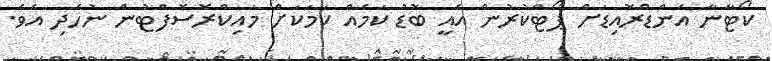
ކޯޓާނާ އެންޑްރޮއިޑަށް ޕޯޓްކުރުން އެއީ ބޮޑު ކަމެއް ކަމަކަށް މައިކްރޮސޮފްޓުން ނުހެދި އެވެ.